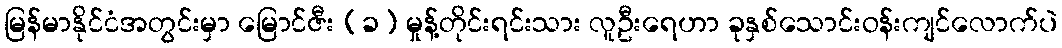
မြန်မာနိုင်ငံအတွင်းမှာ မြောင်ဇီး (ခ) မှုန့်တိုင်းရင်းသား လူဦးရေဟာ ခုနှစ်သောင်းဝန်းကျင်လောက်ပဲ